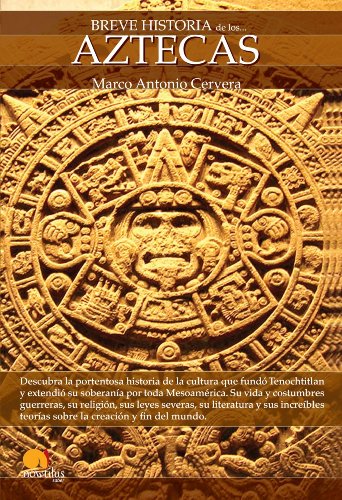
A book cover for Breve Historia de los Aztecas (Spanish Edition); Marco Cervera; History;